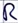
Text: R